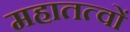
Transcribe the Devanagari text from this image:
महातत्वों